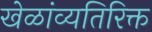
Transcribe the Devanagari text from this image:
खेळांव्यतिरिक्त